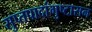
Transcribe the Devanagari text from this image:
सुप्तपादांगुष्टासन